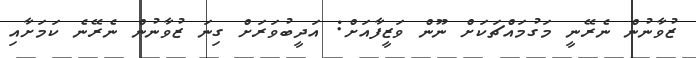
ޒުވާނުން ނެރޭނީ މަގުމައްޗަކަށް ނޫން ވަޒީފާއަށް: އަދީބުވަރަށް ގިނަ ޒުވާނުން ނެރޭނެ ކަމަށާއި